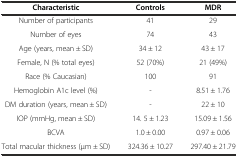
| Characteristic | Controls | MDR |
 | --- | --- | --- |
 | Number of participants | 41 | 29 |
 | Number of eyes | 74 | 43 |
 | Age (years, mean ± SD) | 34 ± 12 | 43 ± 17 |
 | Female, N (% total eyes) | 52 (70%) | 21 (49%) |
 | Race (% Caucasian) | 100 | 91 |
 | Hemoglobin A1c level (%) | - | 8.51 ± 1.76 |
 | DM duration (years, mean ± SD) | - | 22 ± 10 |
 | IOP (mmHg, mean ± SD) | 14. 5 ± 1.23 | 15.09 ± 1.56 |
 | BCVA | 1.0 ± 0.00 | 0.97 ± 0.06 |
 | Total macular thickness (μm ± SD) | 324.36 ± 10.27 | 297.40 ± 21.79 |